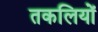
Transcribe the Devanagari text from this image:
तकलियों